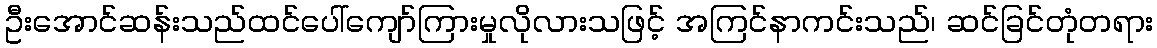
ဦးအောင်ဆန်းသည်ထင်ပေါ်ကျော်ကြားမှုလိုလားသဖြင့် အကြင်နာကင်းသည်၊ ဆင်ခြင်တုံတရား